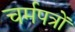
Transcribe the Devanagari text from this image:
चर्मपत्रों